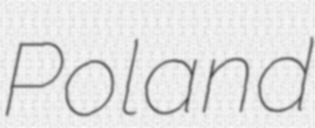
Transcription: Poland